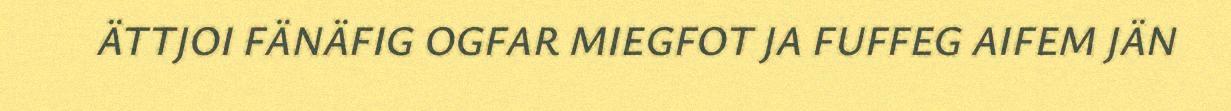
ÄTTJOI FÄNÄFIG OGFAR MIEGFOT JA FUFFEG AIFEM JÄN